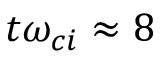
t \omega _ { c i } \approx 8